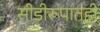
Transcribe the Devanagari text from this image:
सीडीरूपातही